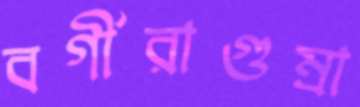
বর্গীরাগুম্‌রা